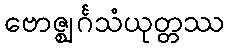
ဗောဇ္ဈင်္ဂသံယုတ္တဿ